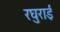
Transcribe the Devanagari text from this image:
रघुराई